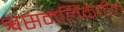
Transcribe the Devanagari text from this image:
श्वसनलिकेतील